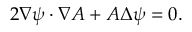
2 \nabla \psi \cdot \nabla A + A \Delta \psi = 0 .